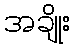
အချိုး